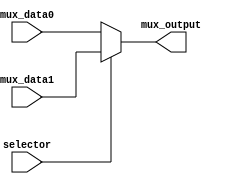
/******************************************************************
* description
*	this is a  an 2to1 multiplexer that can be parameterized in its bit-width.
*	1.0
* author:
*	dr. jos luis pizano escalante
* email:
*	luispizano@iteso.mx
* date:
*	01/03/2014
******************************************************************/

module multiplexer2to1
#(
	parameter nbits=32
)
(
	input selector,
	input [nbits-1:0] mux_data0,
	input [nbits-1:0] mux_data1,
	
	output reg [nbits-1:0] mux_output

);

	always@(selector,mux_data1,mux_data0) begin
		if(selector)
			mux_output = mux_data1;
		else
			mux_output = mux_data0;
	end

endmodule
//mux21